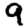
Digit: 9